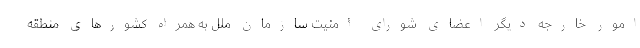
امور خارجه دیگر اعضای شورای امنیت سازمان ملل به همراه کشورهای منطقه